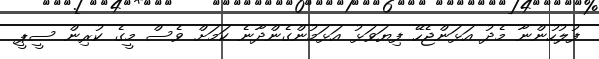
ފުލުހުންނާ މެދު އަޅަންޖެހޭ ފިޔަވަޅު އަޅަމުންގެންދާނެ ކަމަށް ވެސް މީގެ ކުރިން ސީޕީ